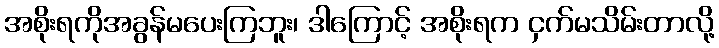
အစိုးရကိုအခွန်မပေးကြဘူး၊ ဒါကြောင့် အစိုးရက ငှက်မသိမ်းတာလို့